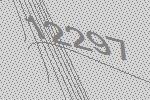
12297